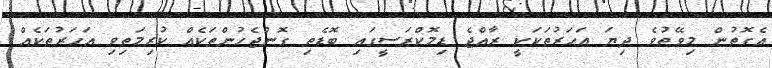
އެގޮތުން މިވޭތުވެ ދިޔަ އަހަރުތަކަކީ ރާއްޖެ ޑިމޮކްރަސީގައި ބޮޑެތި ގޮންޖެހުންތަކެއް ކުރިމަތިވި އަހަރުތަކެއް